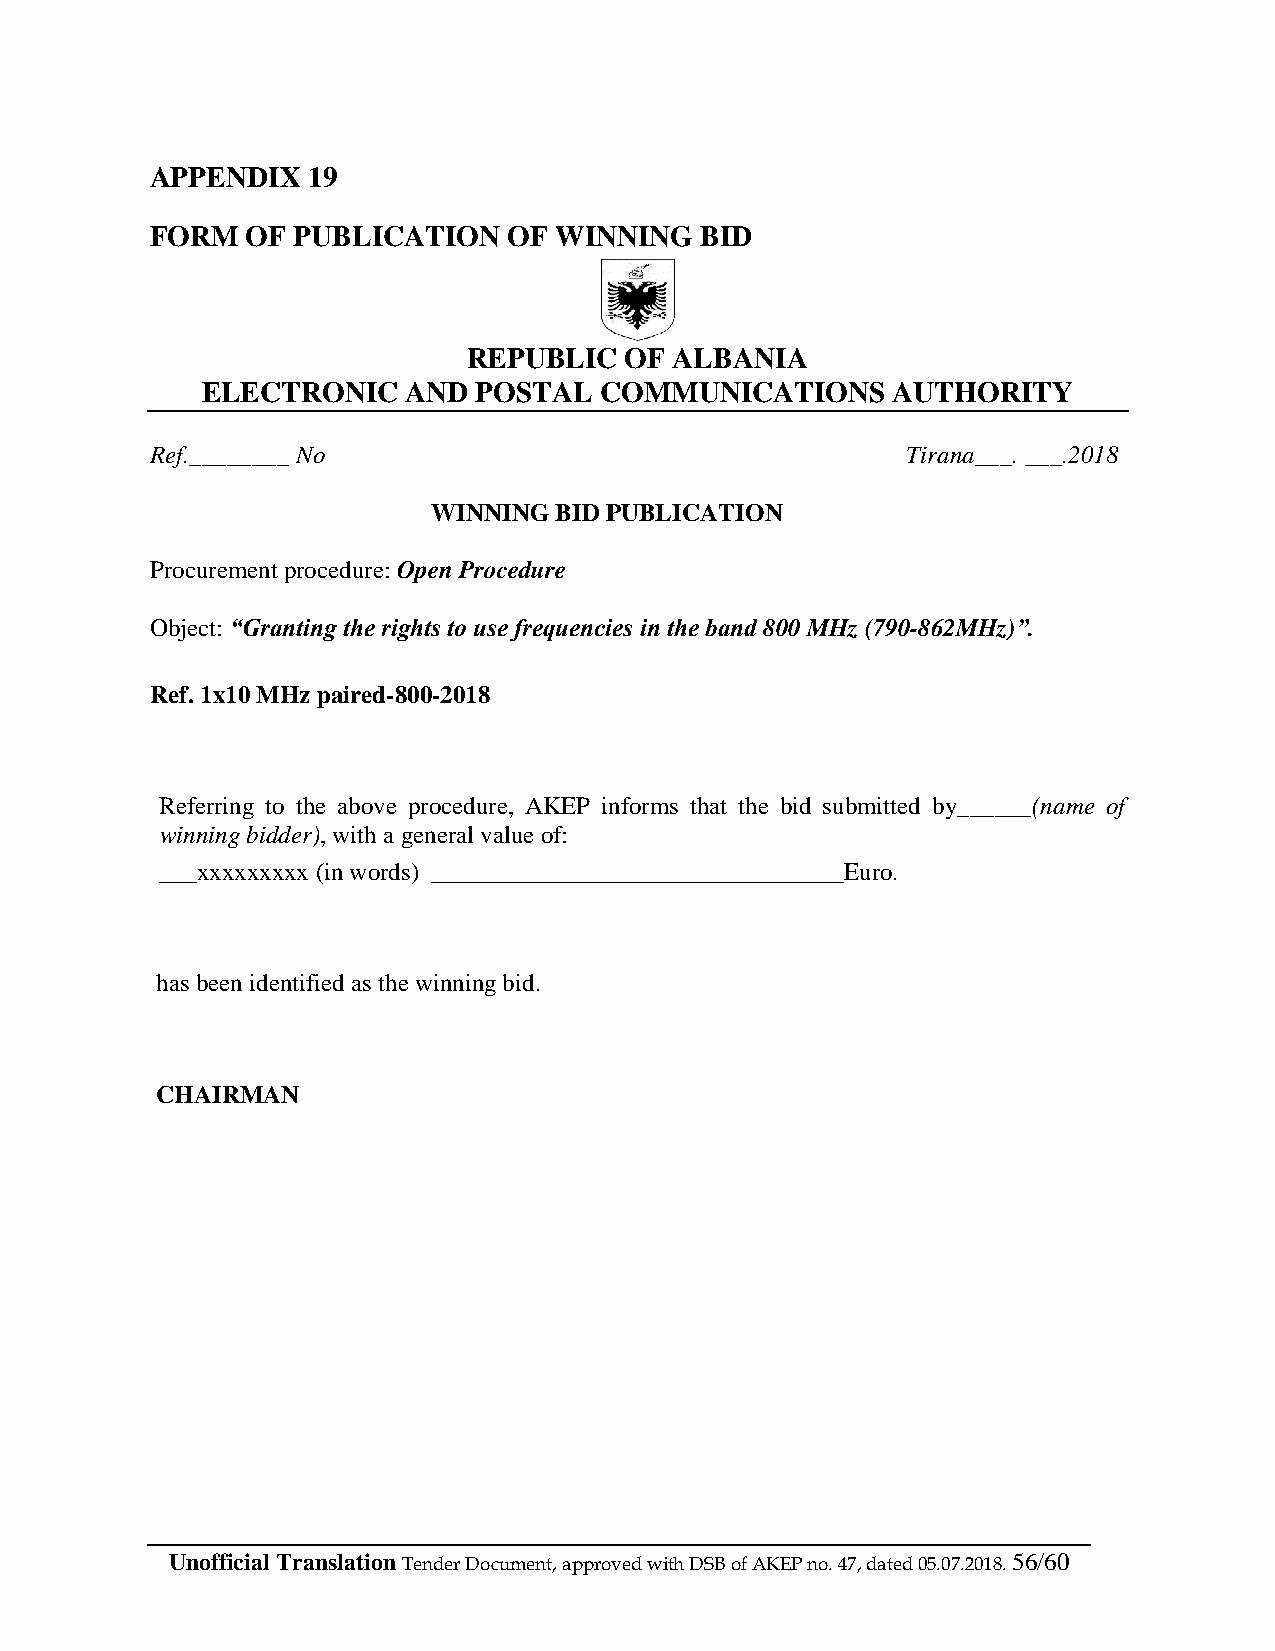
APPENDIX  19
 FORM  OF PUBLICATION    OF WINNING  BID
 REPUBLIC  OF  ALBANIA
 ELECTRONIC    AND  POSTAL  COMMUNICATIONS     AUTHORITY
 Ref.________ No                                   Tirana___. ___.2018
 WINNING BID PUBLICATION
 Procurement procedure: Open Procedure
 Object: “Granting the rights to use frequencies in the band 800 MHz (790-862MHz)”.
 Ref. 1x10 MHz paired-800-2018
 Referring to the above procedure, AKEP informs that the bid submitted by______(name of
 winning bidder), with a general value of:
 ___xxxxxxxxx (in words) _________________________________Euro.
 has been identified as the winning bid.
 CHAIRMAN
 Unofficial Translation Tender Document, approved with DSB of AKEP no. 47, dated 05.07.2018. 56/60